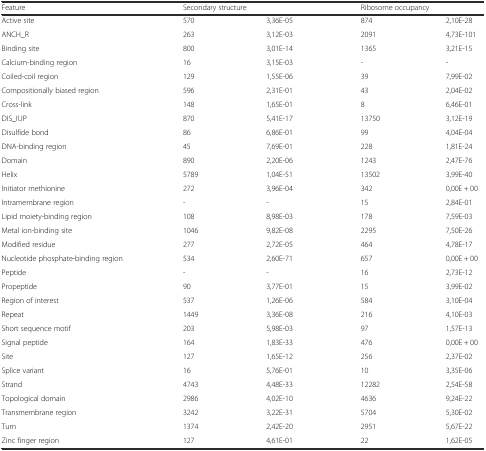
<table><thead><tr><td><b>Feature</b></td><td colspan="2"><b>Secondary structure</b></td><td colspan="2"><b>Ribosome occupancy</b></td></tr></thead><tbody><tr><td>Active site</td><td>570</td><td>3,36E-05</td><td>874</td><td>2,10E-28</td></tr><tr><td>ANCH_R</td><td>263</td><td>3,12E-03</td><td>2091</td><td>4,73E-101</td></tr><tr><td>Binding site</td><td>800</td><td>3,01E-14</td><td>1365</td><td>3,21E-15</td></tr><tr><td>Calcium-binding region</td><td>16</td><td>3,15E-03</td><td>-</td><td>-</td></tr><tr><td>Coiled-coil region</td><td>129</td><td>1,55E-06</td><td>39</td><td>7,99E-02</td></tr><tr><td>Compositionally biased region</td><td>596</td><td>2,31E-01</td><td>43</td><td>2,04E-02</td></tr><tr><td>Cross-link</td><td>148</td><td>1,65E-01</td><td>8</td><td>6,46E-01</td></tr><tr><td>DIS_IUP</td><td>870</td><td>5,41E-17</td><td>13750</td><td>3,12E-19</td></tr><tr><td>Disulfide bond</td><td>86</td><td>6,86E-01</td><td>99</td><td>4,04E-04</td></tr><tr><td>DNA-binding region</td><td>45</td><td>7,69E-01</td><td>228</td><td>1,81E-24</td></tr><tr><td>Domain</td><td>890</td><td>2,20E-06</td><td>1243</td><td>2,47E-76</td></tr><tr><td>Helix</td><td>5789</td><td>1,04E-51</td><td>13502</td><td>3,99E-40</td></tr><tr><td>Initiator methionine</td><td>272</td><td>3,96E-04</td><td>342</td><td>0,00E + 00</td></tr><tr><td>Intramembrane region</td><td>-</td><td>-</td><td>15</td><td>2,84E-01</td></tr><tr><td>Lipid moiety-binding region</td><td>108</td><td>8,98E-03</td><td>178</td><td>7,59E-03</td></tr><tr><td>Metal ion-binding site</td><td>1046</td><td>9,82E-08</td><td>2295</td><td>7,50E-26</td></tr><tr><td>Modified residue</td><td>277</td><td>2,72E-05</td><td>464</td><td>4,78E-17</td></tr><tr><td>Nucleotide phosphate-binding region</td><td>534</td><td>2,60E-71</td><td>657</td><td>0,00E + 00</td></tr><tr><td>Peptide</td><td>-</td><td>-</td><td>16</td><td>2,73E-12</td></tr><tr><td>Propeptide</td><td>90</td><td>3,77E-01</td><td>15</td><td>3,99E-02</td></tr><tr><td>Region of interest</td><td>537</td><td>1,26E-06</td><td>584</td><td>3,10E-04</td></tr><tr><td>Repeat</td><td>1449</td><td>3,36E-08</td><td>216</td><td>4,10E-03</td></tr><tr><td>Short sequence motif</td><td>203</td><td>5,98E-03</td><td>97</td><td>1,57E-13</td></tr><tr><td>Signal peptide</td><td>164</td><td>1,83E-33</td><td>476</td><td>0,00E + 00</td></tr><tr><td>Site</td><td>127</td><td>1,65E-12</td><td>256</td><td>2,37E-02</td></tr><tr><td>Splice variant</td><td>16</td><td>5,76E-01</td><td>10</td><td>3,35E-06</td></tr><tr><td>Strand</td><td>4743</td><td>4,48E-33</td><td>12282</td><td>2,54E-58</td></tr><tr><td>Topological domain</td><td>2986</td><td>4,02E-10</td><td>4636</td><td>9,24E-22</td></tr><tr><td>Transmembrane region</td><td>3242</td><td>3,22E-31</td><td>5704</td><td>5,30E-02</td></tr><tr><td>Turn</td><td>1374</td><td>2,42E-20</td><td>2951</td><td>5,67E-22</td></tr><tr><td>Zinc finger region</td><td>127</td><td>4,61E-01</td><td>22</td><td>1,62E-05</td></tr></tbody></table>